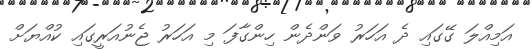
އަމިއްލަ ގޭގައި ދެ އަހަރު ވަންދެން ހިންގާފަ މި އަހަރު ޖެނުއަރީގައި ކުއްޔަށް